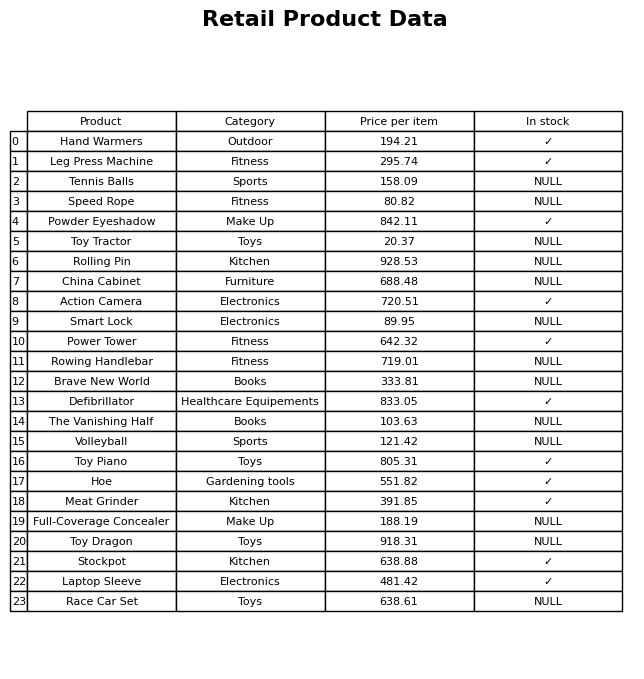
question: What is the price for Hand Warmers?
answer: The price of Hand Warmers is 194.21.